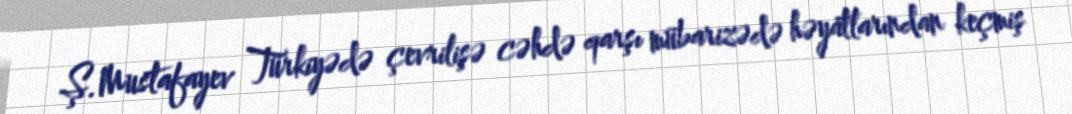
Ş.Mustafayev Türkiyədə çevrilişə cəhdə qarşı mübarizədə həyatlarından keçmiş